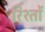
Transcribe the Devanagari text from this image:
रिश्‍तों